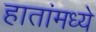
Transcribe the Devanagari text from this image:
हातांमध्ये